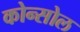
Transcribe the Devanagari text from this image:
कोन्सोल